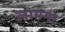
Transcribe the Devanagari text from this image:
लायनो